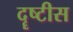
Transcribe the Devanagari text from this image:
दॄष्टीस